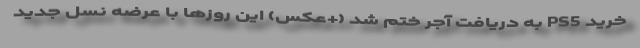
خرید PS5 به دریافت آجر ختم شد (+عکس) این روز‌ها با عرضه نسل جدید